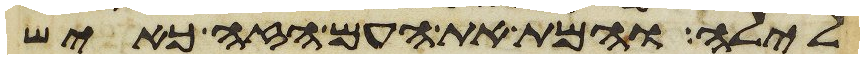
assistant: לילה והמת את העם הזה כאיש